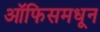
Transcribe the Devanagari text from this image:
ऑफिसमधून